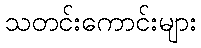
သတင်းကောင်းများ